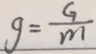
g = \frac { G } { m }